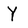
Character: Y